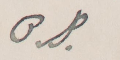
B J.